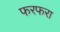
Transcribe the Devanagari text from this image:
फरफरा